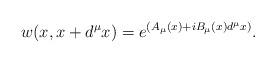
LaTeX: \begin{align*}w(x,x+d^{\mu}x)=e^{(A_{\mu}(x)+iB_{\mu}(x)d^{\mu}x)}. \end{align*}